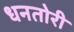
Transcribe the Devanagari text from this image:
धनतोरी